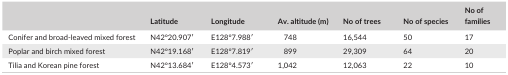
<table><thead><tr><td></td><td><b>Latitude</b></td><td><b>Longitude</b></td><td><b>Av. altitude (m)</b></td><td><b>No of trees</b></td><td><b>No of species</b></td><td><b>No of families</b></td></tr></thead><tbody><tr><td>Conifer and broad‐leaved mixed forest</td><td>N42°20.907′</td><td>E128°7.988′</td><td>748</td><td>16,544</td><td>50</td><td>17</td></tr><tr><td>Poplar and birch mixed forest</td><td>N42°19.168′</td><td>E128°7.819′</td><td>899</td><td>29,309</td><td>64</td><td>20</td></tr><tr><td>Tilia and Korean pine forest</td><td>N42°13.684′</td><td>E128°4.573′</td><td>1,042</td><td>12,063</td><td>22</td><td>10</td></tr></tbody></table>